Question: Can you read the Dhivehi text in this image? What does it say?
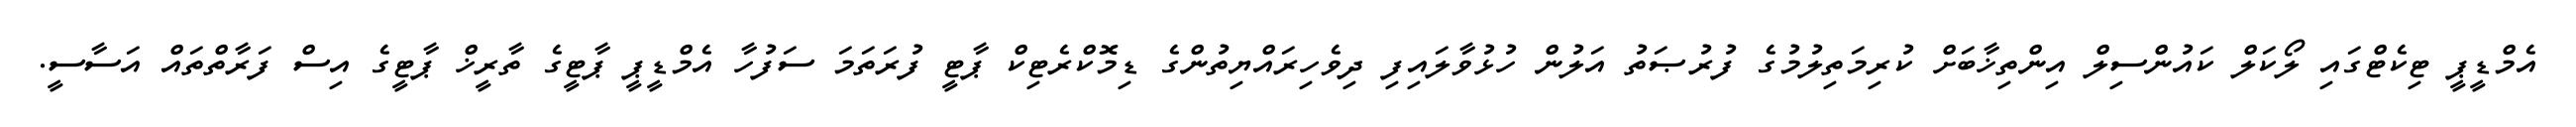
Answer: އެމްޑީޕީ ޓިކެޓްގައި ލޯކަލް ކައުންސިލް އިންތިޚާބަށް ކުރިމަތިލުމުގެ ފުރުޞަތު އަލުން ހުޅުވާލައިފި ދިވެހިރައްޔިތުންގެ ޑިމޮކްރެޓިކް ޕާޓީ ފުރަތަމަ ސަފުހާ އެމްޑީޕީ ޕާޓީގެ ތާރީޚް ޕާޓީގެ އިސް ފަރާތްތައް އަސާސީ.